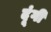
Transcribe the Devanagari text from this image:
दूंगी